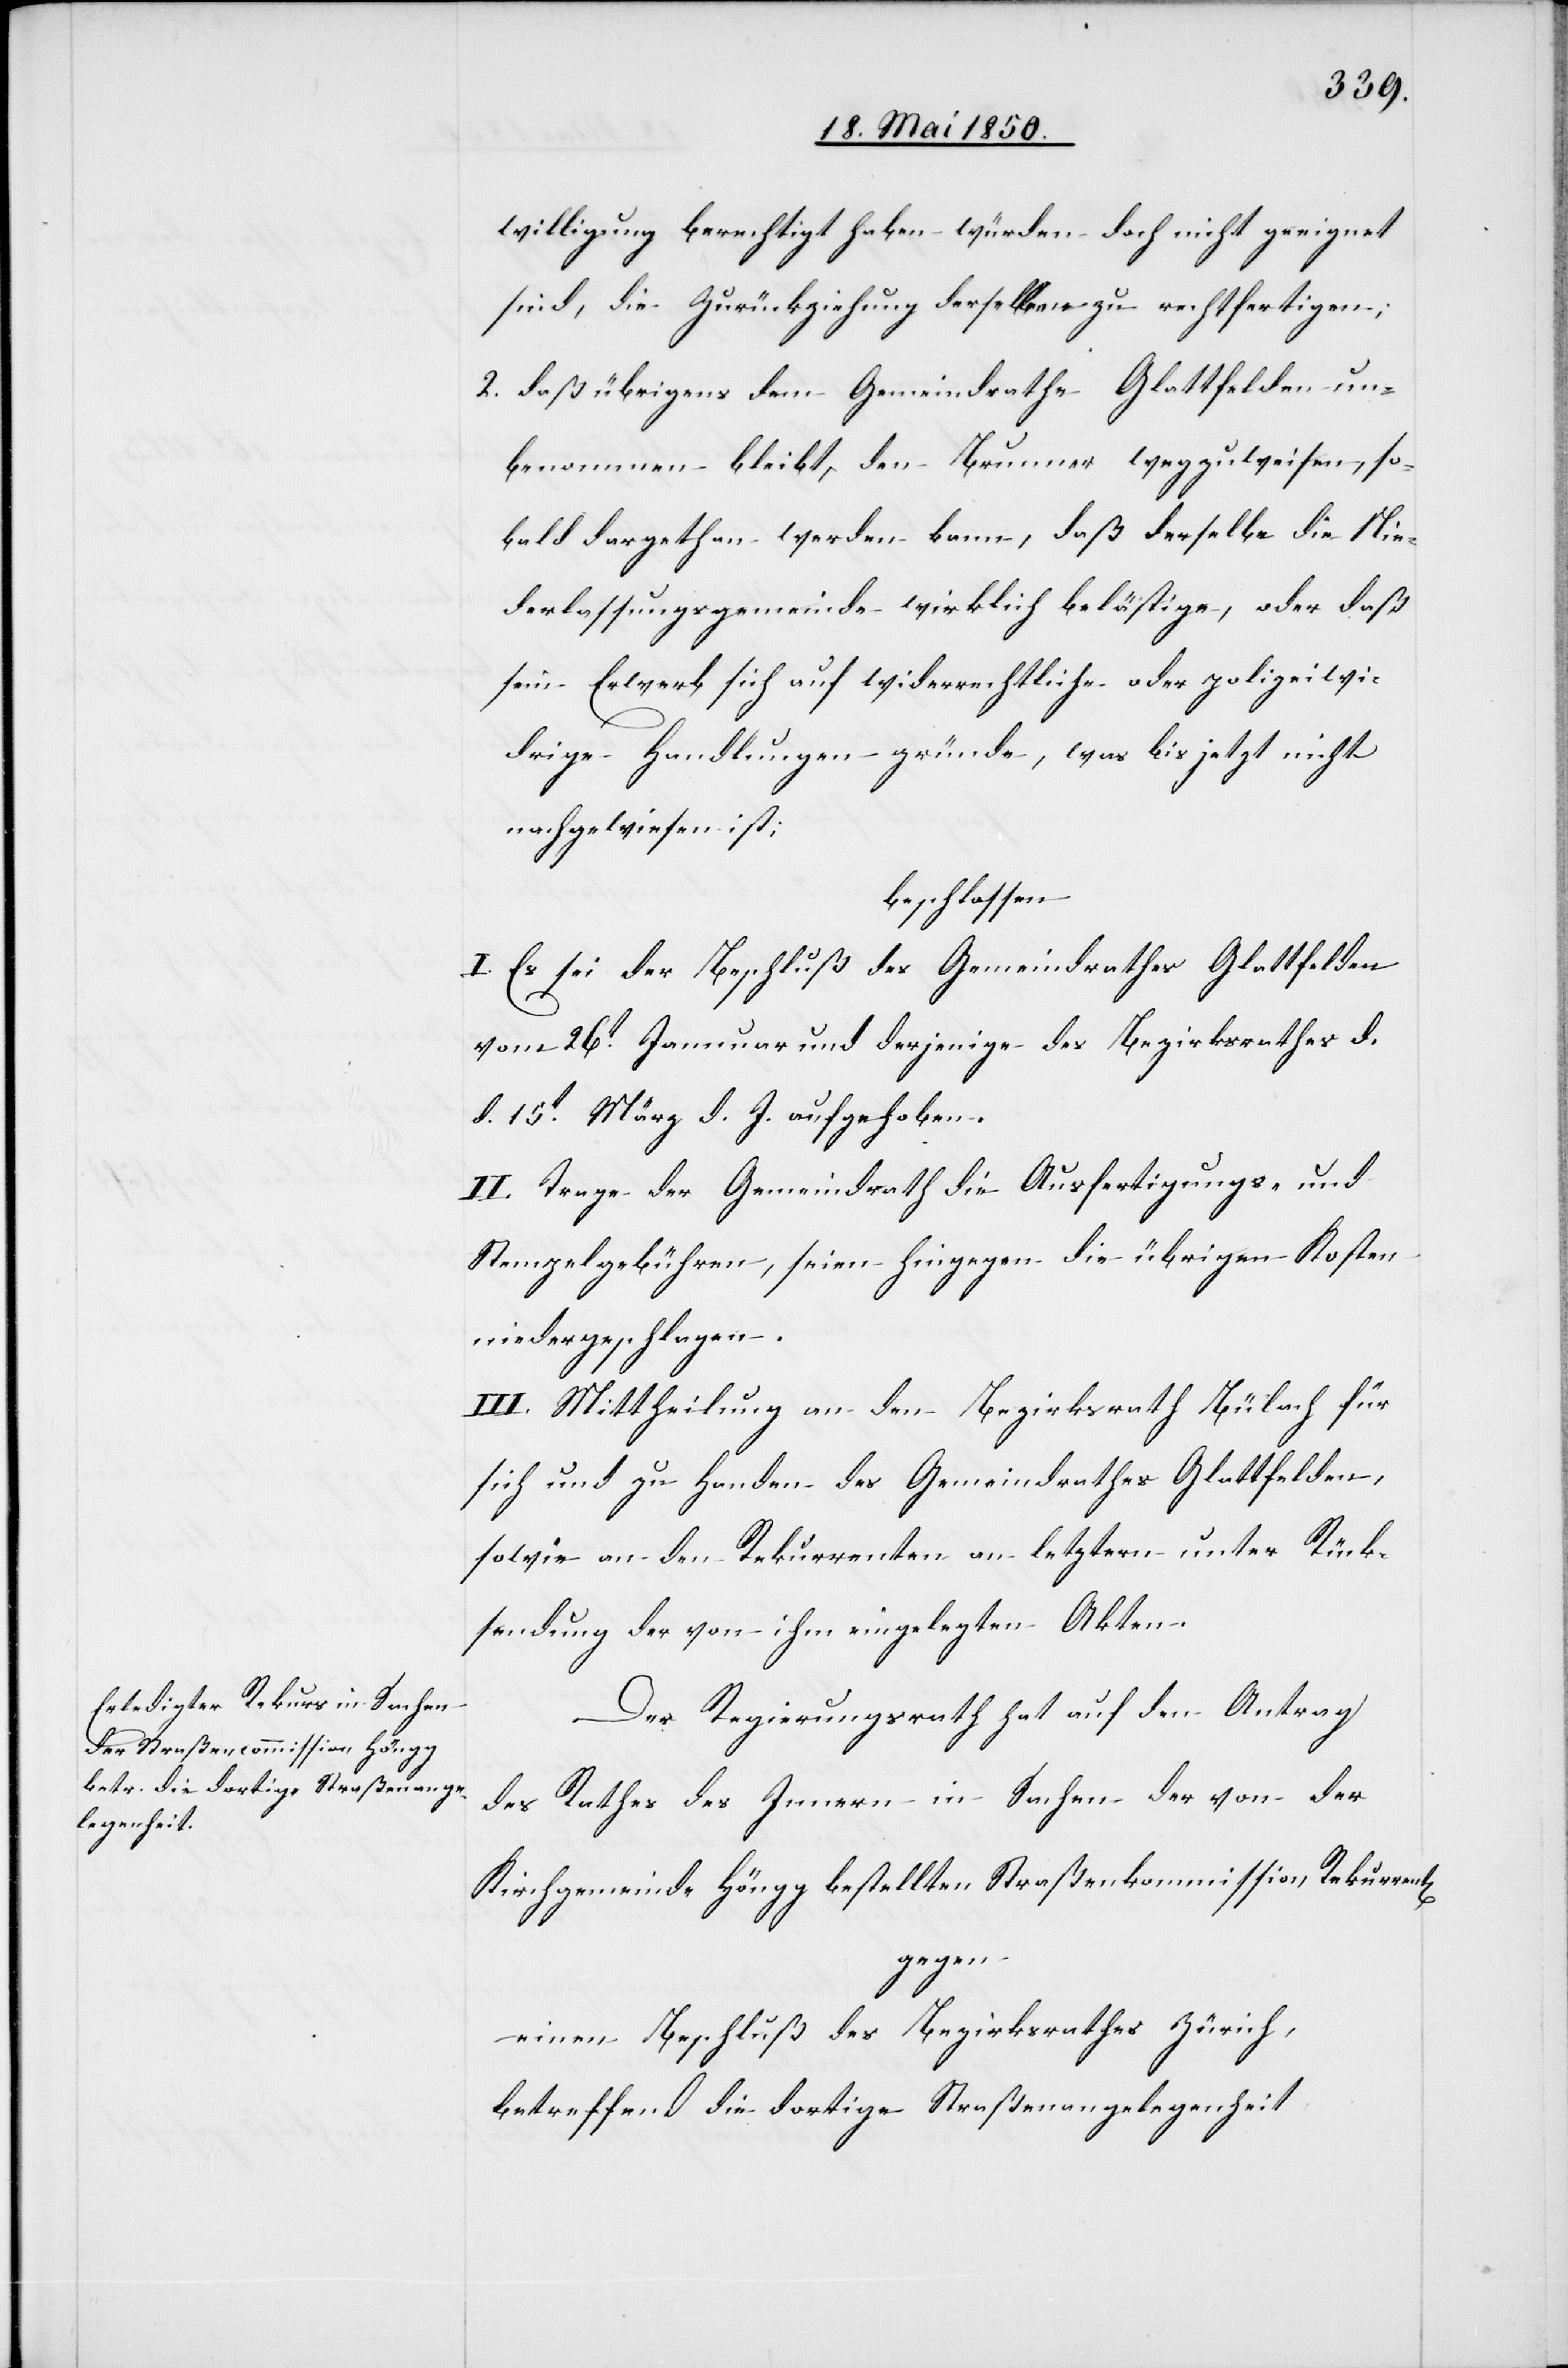
willigung berechtigt haben würden doch nicht geeignet
sind, die Zurückziehung derselben zu rechtfertigen;
2. daß übrigens dem Gemeindrathe Glattfelden un¬
benommen bleibt, den Brunner wegzuweisen, so¬
bald dargethan werden kann, daß derselbe die Nie¬
derlassungsgemeinde wirklich belästige, oder daß
sein Erwerb sich auf widerrechtliche oder polizeiwi¬
drige Handlungen gründe, was bis jetzt nicht
nachgewiesen ist;
beschlossen
I. Es sei der Beschluß des Gemeindrathes Glattfelden
vom 26t Januar und derjenige des Bezirksrathes d.
d. 15t März d. J. aufgehoben.
II. Trage der Gemeindrath die Ausfertigungs- und
Stempelgebühren, seien hingegen die übrigen Kosten
niedergeschlagen.
III. Mittheilung an den Bezirksrath Bülach für
sich und zu Handen des Gemeindrathes Glattfelden
sowie an den Rekurrenten an letztern unter Rück¬
sendung der von ihm eingelegten Akten.
Der Regierungsrath hat auf den Antrag
des Rathes des Innern in Sachen der von der
Kirchgemeinde Höngg bestellten Straßenkommission Rekurren¬
gegen
einen Beschluß des Bezirksrathes Zürich,
betreffend die dortige Straßenangelegenheit